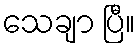
သေချာ ပြီ။